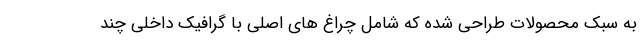
به سبک محصولات طراحی شده که شامل چراغ های اصلی با گرافیک داخلی چند